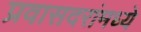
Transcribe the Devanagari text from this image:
प्रवासदरांमध्ये